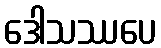
ဒေါသဿပေ